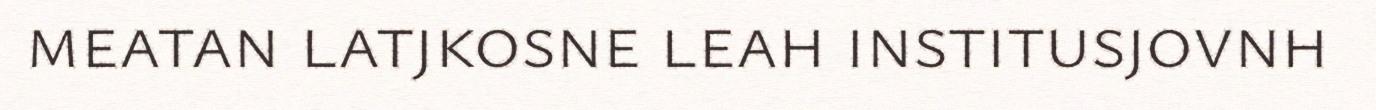
meatan latjkosne leah institusjovnh